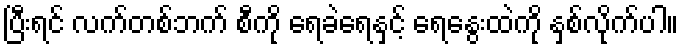
ပြီးရင် လက်တစ်ဘက် စီကို ရေခဲရေနှင့် ရေနွေးထဲကို နှစ်လိုက်ပါ။